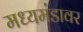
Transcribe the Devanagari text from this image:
मध्यमंडावर